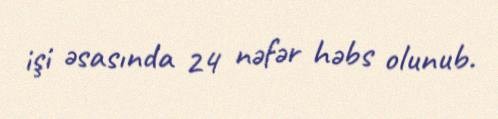
işi əsasında 24 nəfər həbs olunub.